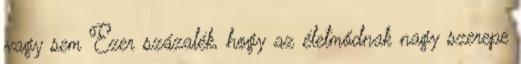
vagy sem Ezer százalék, hogy az életmódnak nagy szerepe